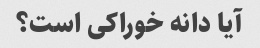
آیا دانه خوراکی است؟